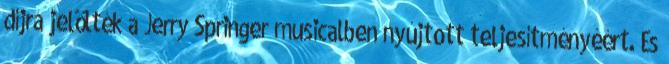
díjra jelölték a Jerry Springer musicalben nyújtott teljesítményéért. És